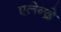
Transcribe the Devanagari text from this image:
एलेन्द्रे